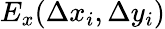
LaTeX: E_{x}(\Delta x_{i},\Delta y_{i})